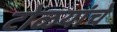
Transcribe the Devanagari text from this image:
टोळयांचे